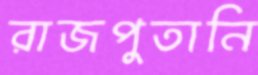
রাজপুতানি